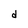
Character: d